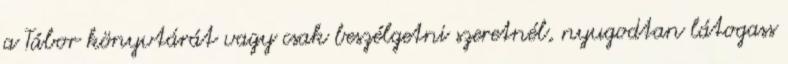
a Tábor könyvtárát vagy csak beszélgetni szeretnél, nyugodtan látogass